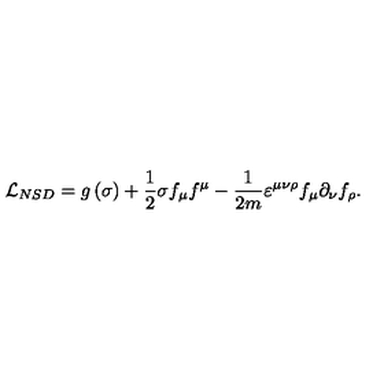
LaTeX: { \cal L } _ { N S D } = g \left( \sigma \right) + \frac 1 { 2 } \sigma f _ { \mu } f ^ { \mu } - \frac 1 { 2 m } \varepsilon ^ { \mu \nu \rho } f _ { \mu } \partial _ { \nu } f _ { \rho } .